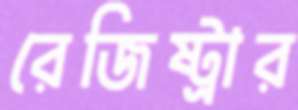
রেজিষ্ট্রার